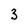
Character: 3